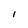
Character: l